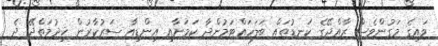
ވައިގެ މަގުންވެސް ރާއްޖޭގެ ކަނޑުތައް ބަލަހައްޓަމުންދާ ކަމަށާއި އިންޑިއާ ސަރުކާރުން ޚިދުމަތްދޭ ދެ